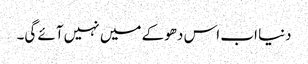
دنیا اب اس دھوکے میں نہیں آئے گی۔